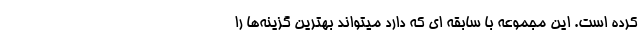
کرده است. این مجموعه با سابقه ای که دارد میتواند بهترین گزینه‌ها را